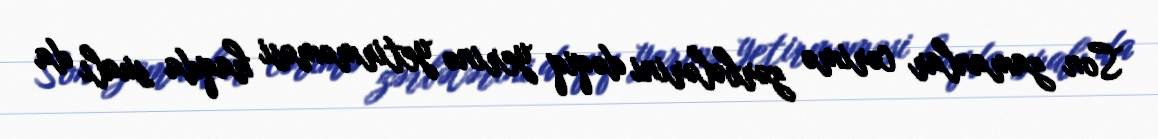
Son zamanlar cərimə zərbələrini dəqiq yerinə yetirməməsi haqda sualı da